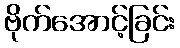
ဗိုက်အောင့်ခြင်း